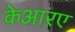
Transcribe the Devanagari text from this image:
केआरए